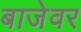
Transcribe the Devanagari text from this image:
बाजेवर